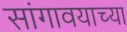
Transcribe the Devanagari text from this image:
सांगावयाच्या